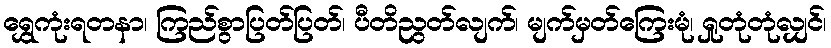
ရွှေကုံးရတနာ၊ ကြည်စွာပြတ်ပြတ်၊ ပီတိညွတ်လျက်၊ မျက်မှတ်ကြေးမုံ၊ ရှုတုံတုံလျှင်၊